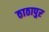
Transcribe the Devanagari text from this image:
ठाठापुर